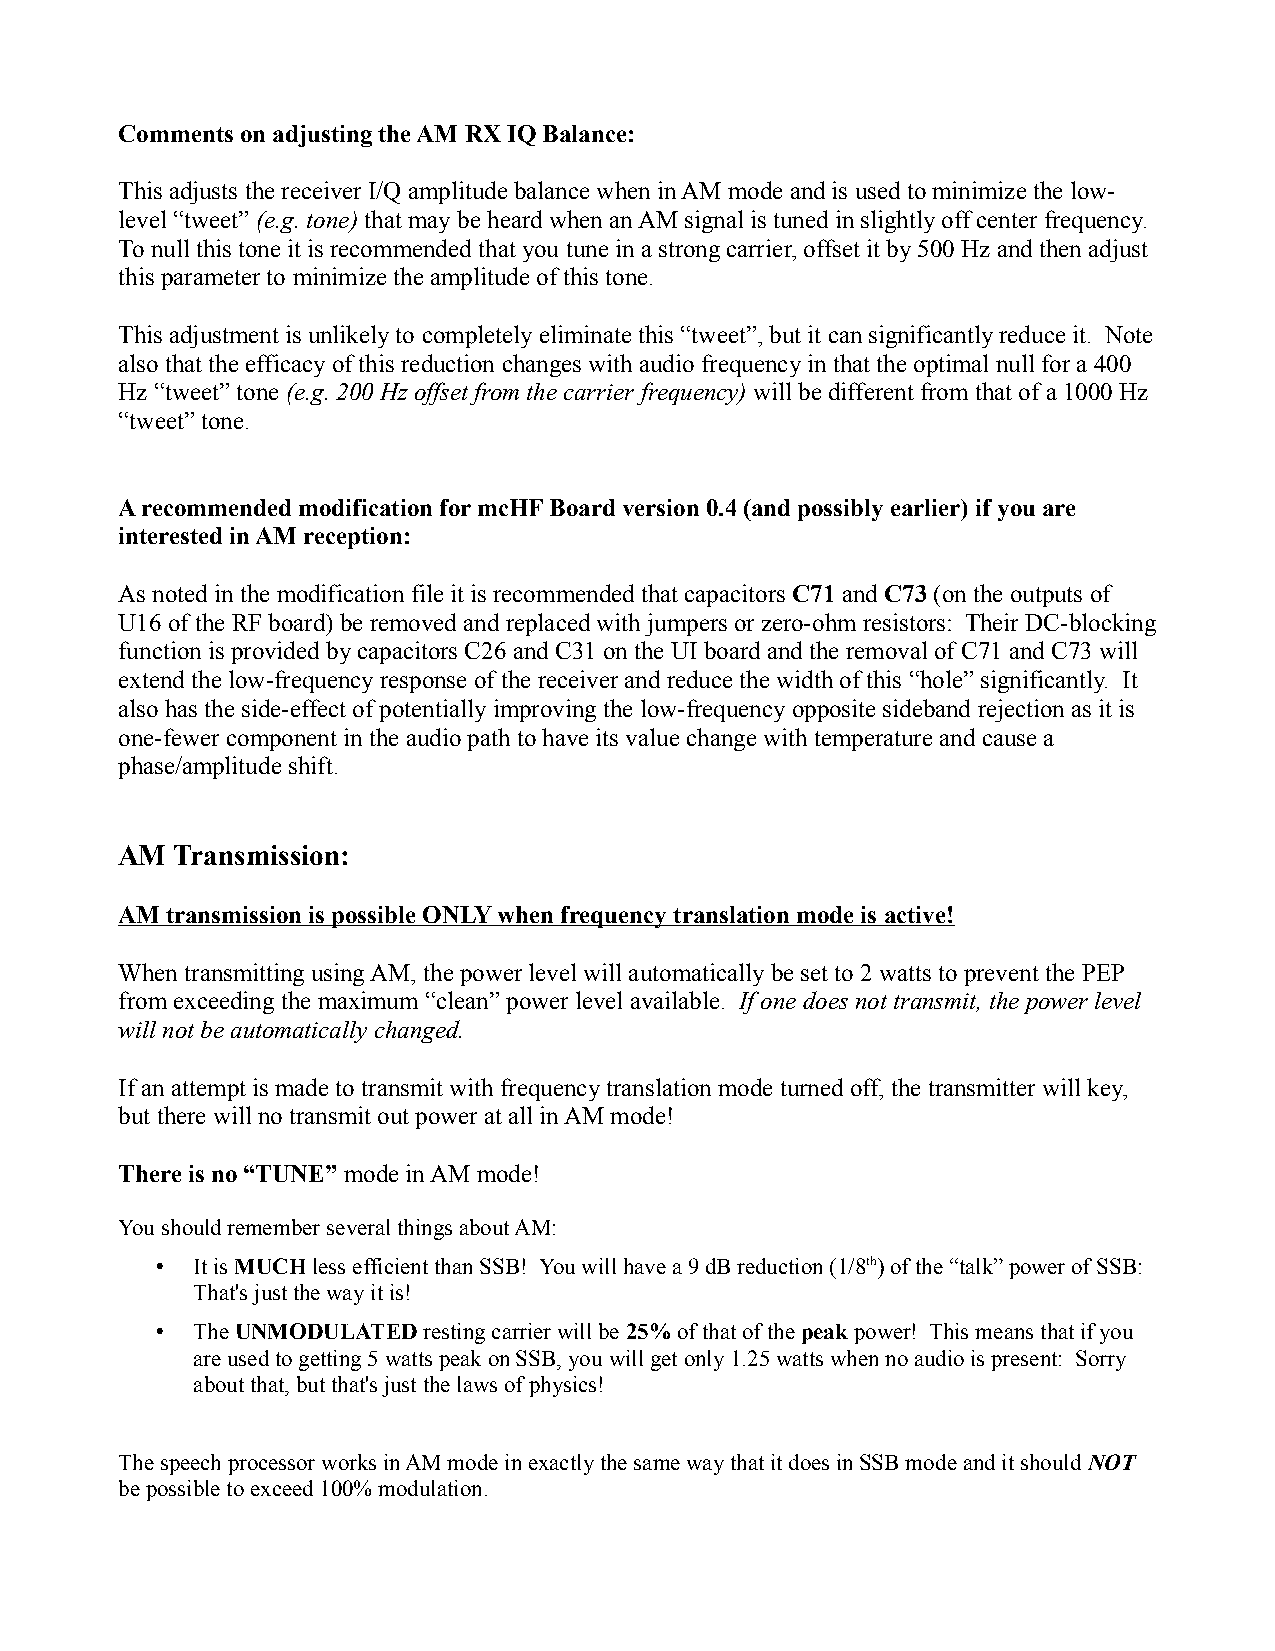
Comments on adjusting the AM RX IQ Balance:
 This adjusts the receiver I/Q amplitude balance when in AM mode and is used to minimize the low-
 level “tweet” (e.g. tone) that may be heard when an AM signal is tuned in slightly off center frequency.
 To null this tone it is recommended that you tune in a strong carrier, offset it by 500 Hz and then adjust
 this parameter to minimize the amplitude of this tone.
 This adjustment is unlikely to completely eliminate this “tweet”, but it can significantly reduce it. Note
 also that the efficacy of this reduction changes with audio frequency in that the optimal null for a 400
 Hz “tweet” tone (e.g. 200 Hz offset from the carrier frequency) will be different from that of a 1000 Hz
 “tweet” tone.
 A recommended modification for mcHF Board version 0.4 (and possibly earlier) if you are
 interested in AM reception:
 As noted in the modification file it is recommended that capacitors C71 and C73 (on the outputs of
 U16 of the RF board) be removed and replaced with jumpers or zero-ohm resistors: Their DC-blocking
 function is provided by capacitors C26 and C31 on the UI board and the removal of C71 and C73 will
 extend the low-frequency response of the receiver and reduce the width of this “hole” significantly. It
 also has the side-effect of potentially improving the low-frequency opposite sideband rejection as it is
 one-fewer component in the audio path to have its value change with temperature and cause a
 phase/amplitude shift.
 AM  Transmission:
 AM transmission is possible ONLY when frequency translation mode is active!
 When transmitting using AM, the power level will automatically be set to 2 watts to prevent the PEP
 from exceeding the maximum “clean” power level available. If one does not transmit, the power level
 will not be automatically changed.
 If an attempt is made to transmit with frequency translation mode turned off, the transmitter will key,
 but there will no transmit out power at all in AM mode!
 There is no “TUNE” mode in AM mode!
 You should remember several things about AM:
 •  It is MUCH less efficient than SSB! You will have a 9 dB reduction (1/8th) of the “talk” power of SSB:
 That's just the way it is!
 •  The UNMODULATED resting carrier will be 25% of that of the peak power! This means that if you
 are used to getting 5 watts peak on SSB, you will get only 1.25 watts when no audio is present: Sorry
 about that, but that's just the laws of physics!
 The speech processor works in AM mode in exactly the same way that it does in SSB mode and it should NOT
 be possible to exceed 100% modulation.